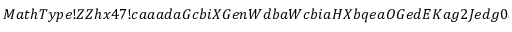
M a t h T y p e ! Z Z h x 4 7 ! c a a a d a G c b i X G e n W d b a W c b i a H X b q e a O G e d E K a g 2 J e d g 0 a p e a a l e G a e g